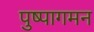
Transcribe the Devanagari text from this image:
पुष्पागमन